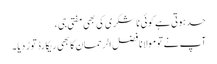
حد ہوتی ہے کوئی نا شکری کی بھی مفتی جی ،
آپ نے تو مولانا فضل الرحمان کا بھی ریکارڈ توڑ دیا ۔